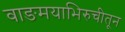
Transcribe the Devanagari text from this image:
वाङमयाभिरुचीतून